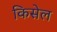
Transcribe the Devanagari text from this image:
किसेल